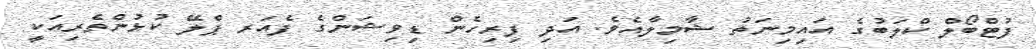
ފުޓްބޯލް ކްލަބުގެ އައިމިނަތު ޝާމިލާއެވެ. އަދި ފިރިހެން ޑިވިޝަންގެ ފެއަރ ޕްލޭ ކުޅުންތެރިއަކީ